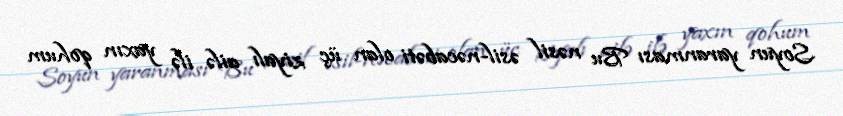
Soyun yaranması Bu nəsil əsil-nəcabəti olan üç ziyalı ailə ilə yaxın qohum